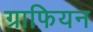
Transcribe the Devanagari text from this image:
ग्राफियन